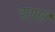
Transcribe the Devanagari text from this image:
डर्फी